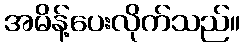
အမိန့်ပေးလိုက်သည်။